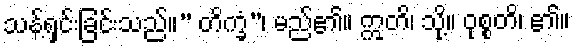
သန့်ရှင်းခြင်းသည်။” တိက္ခံ”၊ မည်၏။ ဣတိ၊ သို့။ ဝုစ္စတိ၊ ၏။